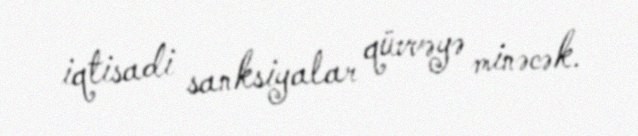
iqtisadi sanksiyalar qüvvəyə minəcək.